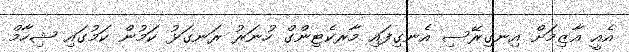
އެއީ އާޒިމަށް އިނގިރޭސި އެނގިފައި މާރކެޓިންގް ހުނަރު ރަނގަޅު ކަމުން ކަމުގައި ޝިހާމް